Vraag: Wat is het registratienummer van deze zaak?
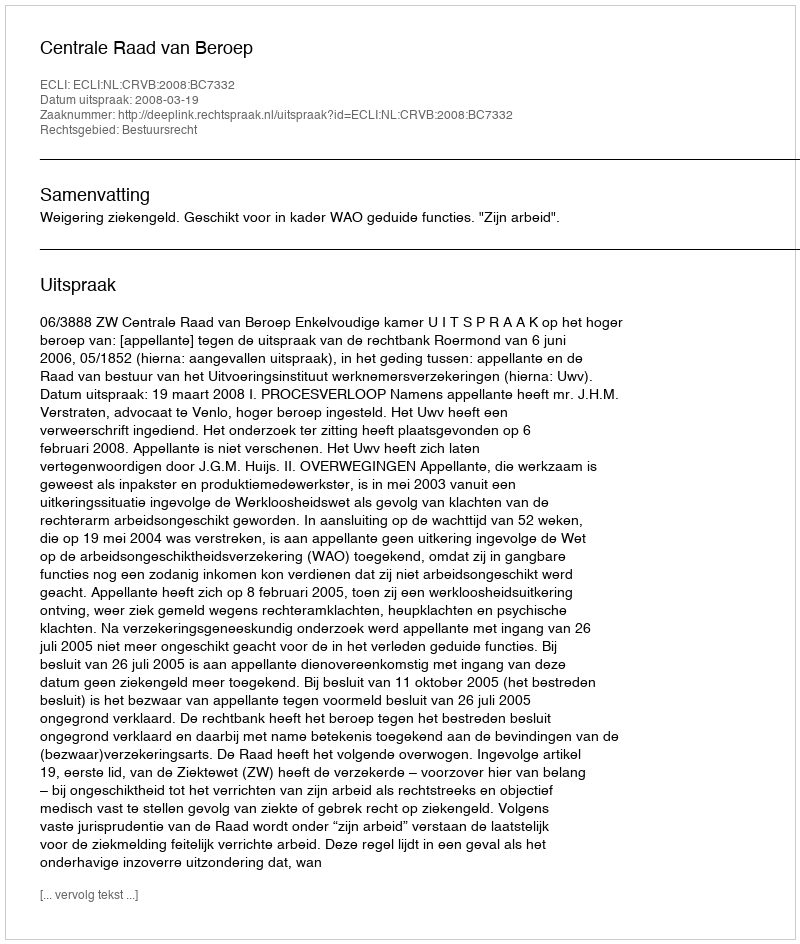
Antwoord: http://deeplink.rechtspraak.nl/uitspraak?id=ECLI:NL:CRVB:2008:BC7332